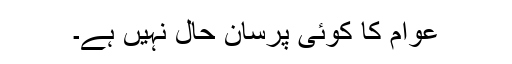
عوام کا کوئی پرسان حال نہیں ہے۔